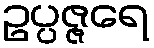
ဥပ္ပဇ္ဇရေ